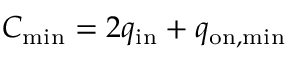
C _ { \mathrm { m i n } } = 2 q _ { \mathrm { i n } } + q _ { \mathrm { o n , m i n } }